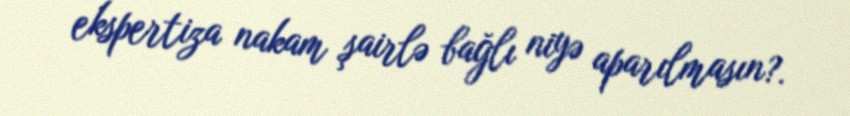
ekspertiza nakam şairlə bağlı niyə aparılmasın?.